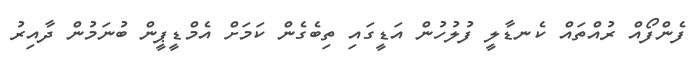
ފެންފޯއް ރުއްތައް ކެނޑާލީ ފުލުހުން އަޑީގައި ތިބެގެން ކަމަށް އެމްޑީޕީން ބުނަމުން ދާއިރު